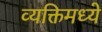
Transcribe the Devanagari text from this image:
व्यक्तिमध्ये